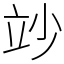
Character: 竗